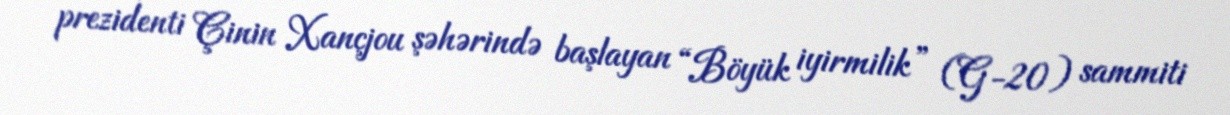
prezidenti Çinin Xançjou şəhərində başlayan “Böyük iyirmilik” (G-20) sammiti